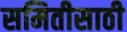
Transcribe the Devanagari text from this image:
समितीसाठी